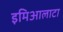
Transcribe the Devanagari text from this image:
इमिआलाटा